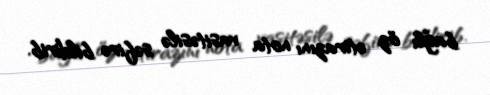
bağlı öz etirazını nota vasitəsilə səfirə bildirib.